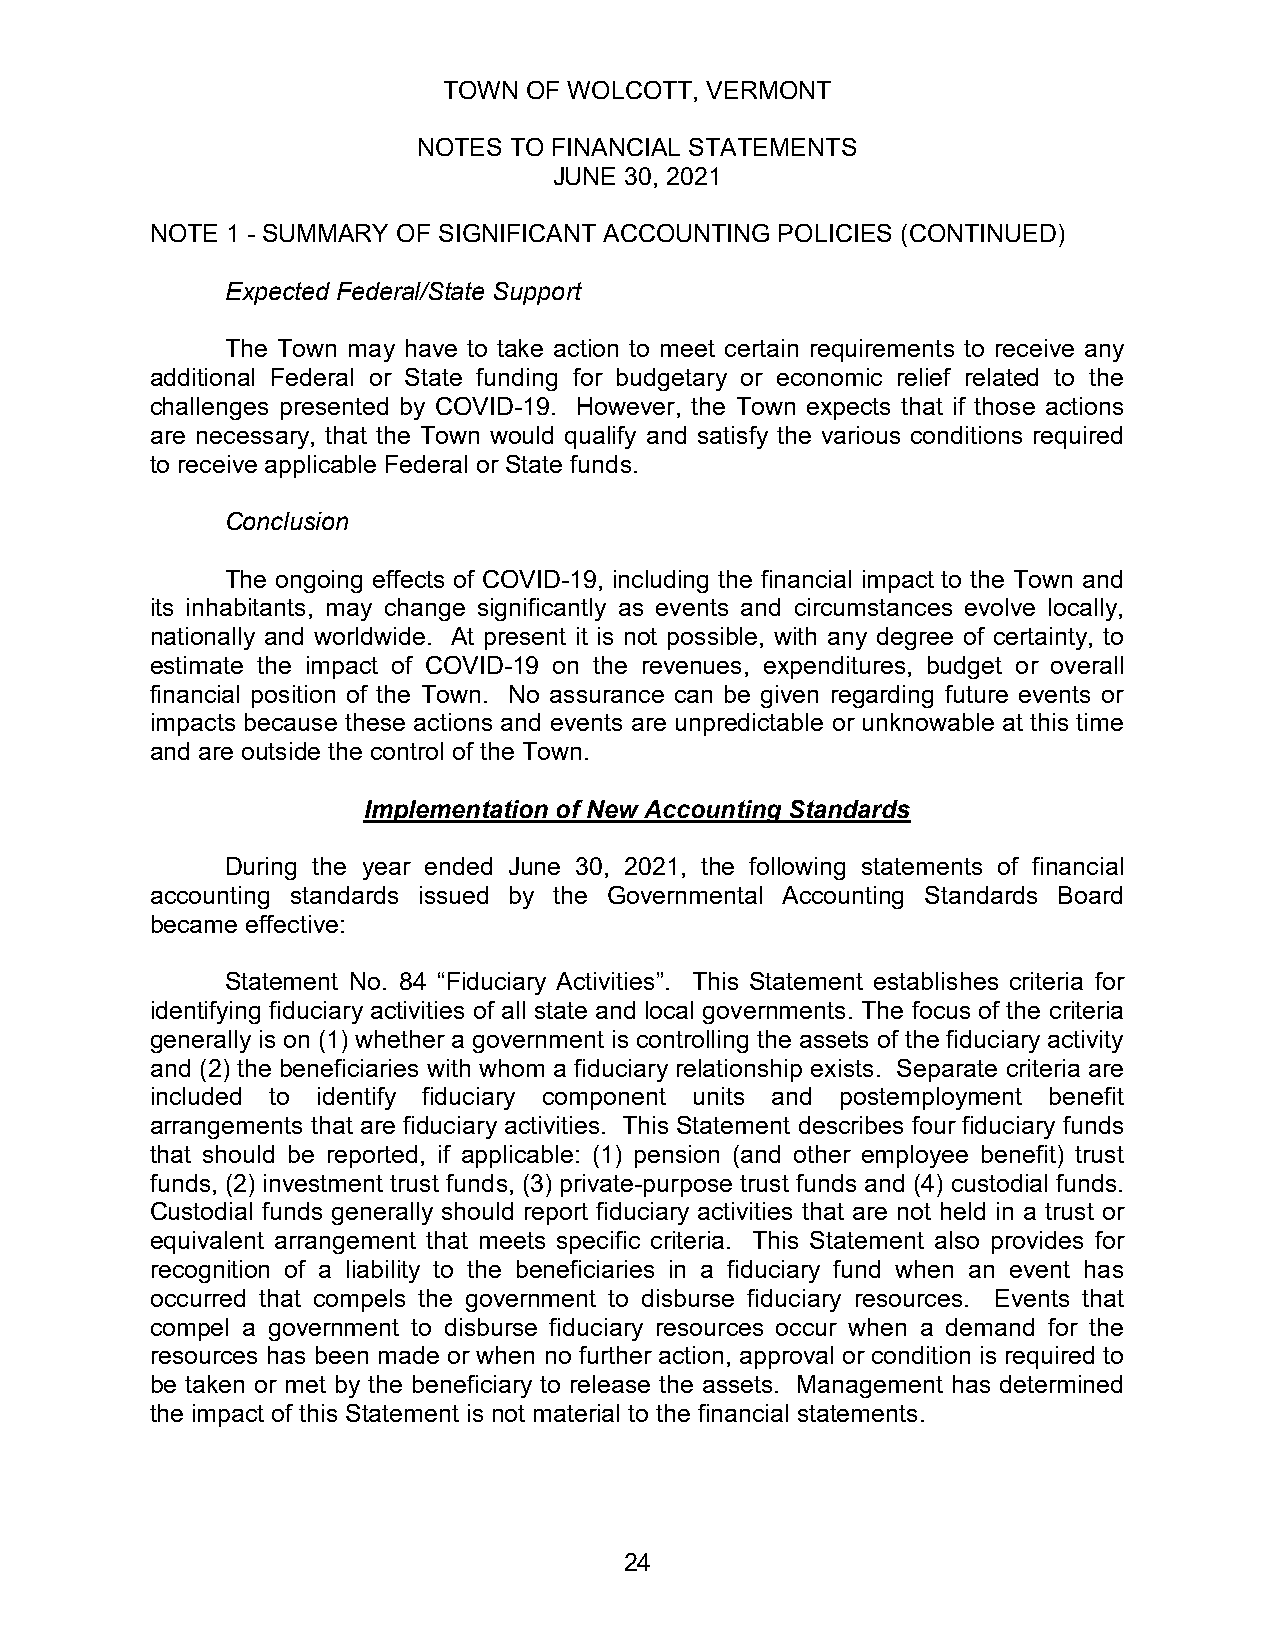
TOWN  OF WOLCOTT, VERMONT
 NOTES TO FINANCIAL STATEMENTS
 JUNE 30, 2021
 NOTE 1 - SUMMARY OF SIGNIFICANT ACCOUNTING POLICIES (CONTINUED)
 Expected Federal/State Support
 The Town may have to take action to meet certain requirements to receive any
 additional Federal or State funding for budgetary or economic relief related to the
 challenges presented by COVID-19. However, the Town expects that if those actions
 are necessary, that the Town would qualify and satisfy the various conditions required
 to receive applicable Federal or State funds.
 Conclusion
 The ongoing effects of COVID-19, including the financial impact to the Town and
 its inhabitants, may change significantly as events and circumstances evolve locally,
 nationally and worldwide. At present it is not possible, with any degree of certainty, to
 estimate the impact of COVID-19 on the revenues, expenditures, budget or overall
 financial position of the Town. No assurance can be given regarding future events or
 impacts because these actions and events are unpredictable or unknowable at this time
 and are outside the control of the Town.
 Implementation of New Accounting Standards
 During the year ended June 30, 2021, the following statements of financial
 accounting standards issued by the Governmental Accounting Standards Board
 became effective:
 Statement No. 84 “Fiduciary Activities”. This Statement establishes criteria for
 identifying fiduciary activities of all state and local governments. The focus of the criteria
 generally is on (1) whether a government is controlling the assets of the fiduciary activity
 and (2) the beneficiaries with whom a fiduciary relationship exists. Separate criteria are
 included to identify fiduciary component units and postemployment benefit
 arrangements that are fiduciary activities. This Statement describes four fiduciary funds
 that should be reported, if applicable: (1) pension (and other employee benefit) trust
 funds, (2) investment trust funds, (3) private-purpose trust funds and (4) custodial funds.
 Custodial funds generally should report fiduciary activities that are not held in a trust or
 equivalent arrangement that meets specific criteria. This Statement also provides for
 recognition of a liability to the beneficiaries in a fiduciary fund when an event has
 occurred that compels the government to disburse fiduciary resources. Events that
 compel a government to disburse fiduciary resources occur when a demand for the
 resources has been made or when no further action, approval or condition is required to
 be taken or met by the beneficiary to release the assets. Management has determined
 the impact of this Statement is not material to the financial statements.
 24